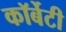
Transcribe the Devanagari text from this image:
कॉर्बेटी